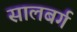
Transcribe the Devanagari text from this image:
सालबर्ग